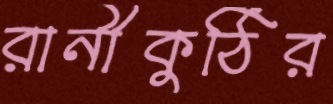
রানীকুঠির